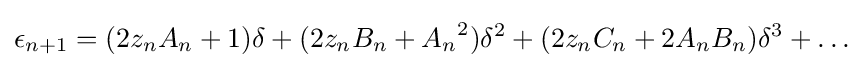
\epsilon _{n+1}=(2z_{n}A_{n}+1)\delta +(2z_{n}B_{n}+{A_{n}}^{2})\delta ^{2}+(2z_{n}C_{n}+2A_{n}B_{n})\delta ^{3}+\dotsc